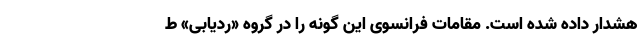
هشدار داده شده است. مقامات فرانسوی این گونه را در گروه «ردیابی» ط